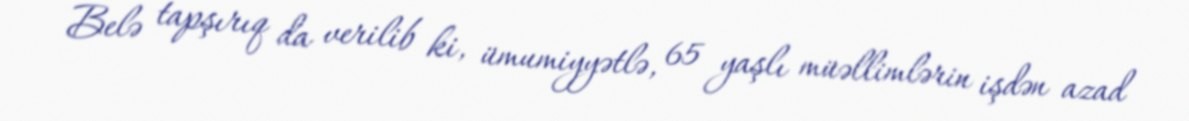
Belə tapşırıq da verilib ki, ümumiyyətlə, 65 yaşlı müəllimlərin işdən azad